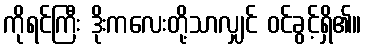
ကိုရင်ကြီး ဒိုးကလေးတို့သာလျှင် ဝင်ခွင့်ရှိ၏။